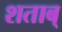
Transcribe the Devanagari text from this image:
शताब्